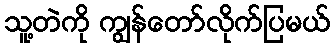
သူ့တဲကို ကျွန်တော်လိုက်ပြမယ်